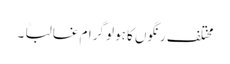
مختلف رنگوں کا ہولو گرام غالباً ۔